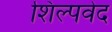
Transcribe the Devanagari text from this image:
शिल्पवेद